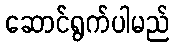
ဆောင်ရွက်ပါမည်